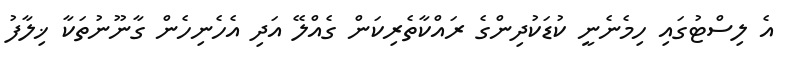
އެ ލިސްޓުގައި ހިމެނެނީ ކުޑަކުދިންގެ ރައްކާތެރިކަން ގެއްލޭ އަދި އެހެނިހެން ގާނޫނުތަކާ ޚިލާފު